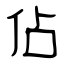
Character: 佔